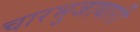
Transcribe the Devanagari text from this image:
चारभुजाधारी